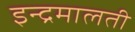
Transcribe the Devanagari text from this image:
इन्द्रमालती